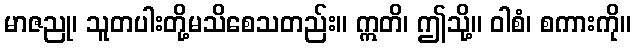
မာဇညု၊ သူတပါးတို့မသိစေသတည်း။ ဣတိ၊ ဤသို့။ ဝါစံ၊ စကားကို။